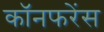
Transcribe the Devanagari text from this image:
कॉनफरेंस